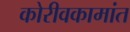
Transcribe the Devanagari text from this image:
कोरीवकामांत